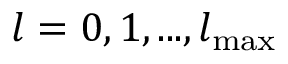
l = 0 , 1 , . . . , l _ { \mathrm { m a x } }